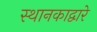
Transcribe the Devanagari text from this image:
स्थानकाद्वारे